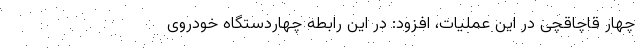
چهار قاچاقچی در این عملیات، افزود: در این رابطه چهاردستگاه خودروی